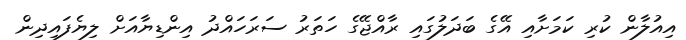
އިއުލާން ކުރި ކަމަށާއި އޭގެ ބަދަލުގައި ރާއްޖޭގެ ހަތަރު ސަރަހައްދު އިންޑިޔާއަށް ލިޔެފައިދިން